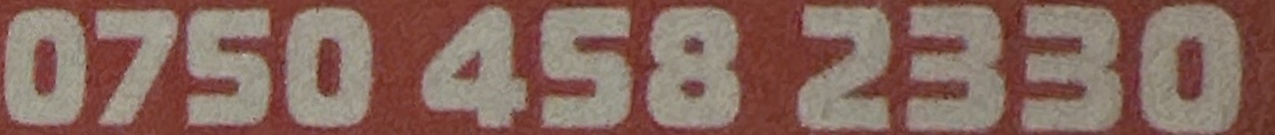
0750 458 2330